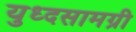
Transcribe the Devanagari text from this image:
युध्दसामग्री